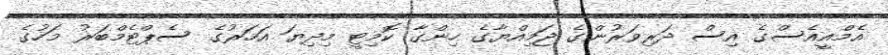
އެމްއީއެސްގެ އިސް ދަރިވަރުންގެ ޖަމިއްޔާގެ ހިންގާ ކޮމިޓީ މިދިޔަ އަހަރުގެ ސެޕްޓެމްބަރު މަހުގެ